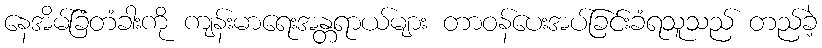
နေအိမ်ခြံတံခါးကို ကျန်းမာရေးအန္တရာယ်များ တာဝန်ပေးအပ်ခြင်းခံရသူသည် တည်ခဲ့